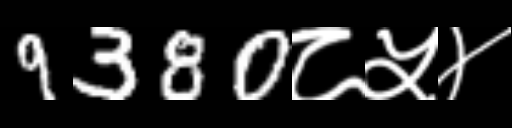
Text: 9380८५४